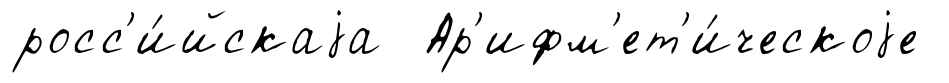
росс'и́йскаjа Ар'ифм'ет'и́ческоjе